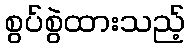
စွပ်စွဲထားသည့်